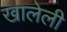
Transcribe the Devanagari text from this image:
खालेली